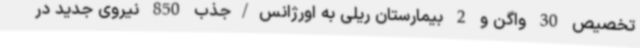
تخصیص 30 واگن و 2 بیمارستان ریلی به اورژانس/جذب 850 نیروی جدید در